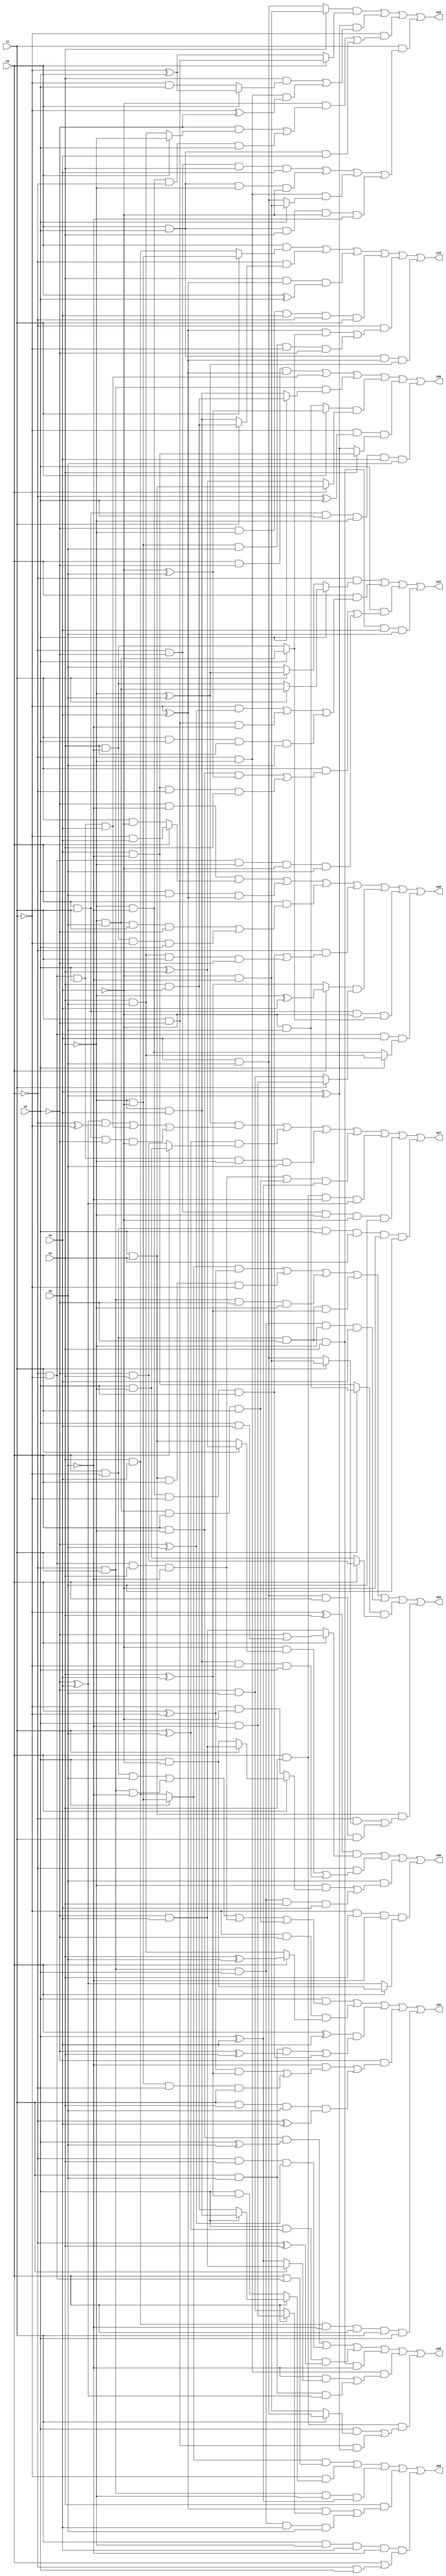
// Benchmark "X_47" written by ABC on Mon Jun 05 03:42:04 2023

module X_47 ( 
    x0, x1, x2, x3, x4, x5,
    z00, z01, z02, z03, z04, z05, z06, z07, z08, z09, z10  );
  input  x0, x1, x2, x3, x4, x5;
  output z00, z01, z02, z03, z04, z05, z06, z07, z08, z09, z10;
  assign z00 = (x0 & ~x2 & (~x1 ^ x4)) | (~x0 & ~x1 & x2 & x4) | (~x0 & x1 & (x2 ? (x3 & ~x4) : (~x3 & x4))) | ((x1 ? (~x4 ^ x5) : (~x4 & x5)) & (x0 ? (x2 & x3) : (x2 ^ x3))) | (~x1 & (~x0 ^ x2) & (x3 ? (x4 & ~x5) : (x4 ^ x5))) | (x0 & x1 & x2 & ~x3 & x4 & x5);
  assign z01 = (~x0 & (x2 ? (x1 ? (~x3 & x5) : (x3 & ~x5)) : (x1 ? (~x3 ^ x5) : x5))) | (x0 & ((~x1 & (~x2 ^ x5)) | (x1 & ~x2 & ~x5) | (x1 & x2 & x3 & x5))) | (x2 & ((x1 & ((x0 & ~x3 & (~x4 ^ x5)) | (x4 & ~x5 & ~x0 & x3))) | (~x0 & ~x1 & ~x3 & ~x4 & x5))) | (x0 & ~x1 & ~x2 & x3 & x4 & x5);
  assign z02 = ((x2 ? (~x3 & ~x4) : (x3 & x4)) & (x0 ^ ~x1)) | (x2 & x3 & x0 & ~x1) | (~x0 & x1 & ~x2 & ~x3) | (x0 & ~x1 & ~x2 & (x3 ^ x4)) | (~x0 & x1 & x2 & ~x3 & x4) | ((x1 ? (~x4 & x5) : (x4 & ~x5)) & (x0 ? (~x2 & x3) : (x2 & ~x3))) | (x2 & x3 & ((~x0 & (x1 ? (~x4 & ~x5) : (x4 & x5))) | (x4 & x5 & x0 & x1)));
  assign z03 = ((x3 ? (~x4 & ~x5) : (x4 & x5)) & (x0 ? (x1 & ~x2) : (~x1 ^ x2))) | ((x4 ^ x5) & ((x3 & (x0 ? (~x1 ^ x2) : (~x1 & x2))) | (~x0 & ~x3 & (~x1 ^ ~x2)))) | (~x1 & ((~x4 & ((~x2 & (x0 ? ~x3 : (x3 & x5))) | (~x3 & ~x5 & ~x0 & x2))) | (x0 & x2 & x4))) | (x1 & ((~x0 & ~x2 & x3 & x4) | (x0 & x2 & ~x3 & ~x4) | (~x0 & ~x3 & (x2 ? (~x4 & ~x5) : (x4 & x5))) | (x0 & x2 & x3 & ~x4 & ~x5)));
  assign z04 = (x2 & ((x0 & ~x1 & x5) | (~x0 & x1 & ~x5) | (~x0 & ~x1 & x3 & ~x5) | (~x3 & x5 & x0 & x1))) | (~x1 & ~x2 & (x0 ? (x3 ^ x5) : (x3 & x5))) | ((x0 ^ x4) & ((x1 & x5 & (~x2 ^ x3)) | (~x3 & ~x5 & ~x1 & x2))) | (~x2 & ((~x5 & (((x0 ^ ~x1) & (x3 ^ x4)) | (~x3 & ~x4 & ~x0 & x1))) | (x1 & x3 & x5 & (~x0 ^ x4)))) | (x3 & x4 & ~x5 & x0 & x1 & x2);
  assign z05 = ((x2 ? (~x3 & ~x4) : (x3 & x4)) & (x0 | (~x0 & ~x1))) | (~x1 & (x0 ? (x2 ? (~x3 & x4) : (x3 & ~x4)) : (x2 & (x3 ^ x4)))) | (~x0 & x1 & ~x3 & (x2 ^ x4)) | (x3 & (((~x1 ^ x4) & (x0 ? (x2 & ~x5) : (~x2 & x5))) | (~x0 & x1 & x2 & x4 & x5))) | (x1 & ~x3 & x4 & ~x5 & (x0 | (~x0 & x2)));
  assign z06 = ((~x1 ^ x3) & (x0 ? (~x2 | (x2 & x4)) : (~x2 & x4))) | (~x0 & ((~x4 & (x1 ? (x2 ^ x3) : (x2 & x3))) | (~x3 & x4 & ~x1 & x2))) | (x5 & ((~x3 & (x0 ? (x1 ? (~x2 & x4) : (x2 & ~x4)) : (~x1 & ~x4))) | (~x0 & x1 & x2 & x3 & x4))) | (~x1 & x3 & ~x5 & (x0 ? (x2 & ~x4) : (~x2 ^ x4)));
  assign z07 = ((~x3 ^ x5) & (((~x2 ^ x4) & (~x0 ^ ~x1)) | (~x0 & ~x1 & x2 & x4) | (x0 & x1 & ~x2 & ~x4))) | ((x1 ^ x5) & (x0 ? (x2 & ~x3) : (~x2 & x3))) | (~x0 & ~x1 & x2 & ~x3 & x5) | (((~x0 & ~x1 & x3 & ~x5) | (~x3 & x5 & x0 & x1)) & (x2 ^ x4)) | (x0 & x3 & ~x5 & (~x2 ^ x4)) | (~x0 & ~x2 & ~x3 & ~x4 & x5) | (x0 & ~x1 & x2 & x3 & ~x4 & x5);
  assign z08 = (~x2 & ~x5 & (x0 ? (~x1 & x4) : (x1 & ~x4))) | (x2 & x5 & (~x1 ^ x4)) | (x0 & ((~x3 & x5 & x1 & ~x2) | (x3 & ~x5 & ~x1 & x2))) | (~x0 & ((~x3 & ~x5 & ~x1 & x2) | (x3 & x5 & x1 & ~x2))) | ((x0 ? (~x3 ^ x4) : (x3 ^ x4)) & (x1 ? (x2 & ~x5) : (~x2 & x5))) | (x0 & x1 & ~x4 & (x2 ? (~x3 & x5) : (x3 & ~x5))) | (~x0 & ~x1 & x4 & (x2 ? (x3 & x5) : (~x3 & ~x5)));
  assign z09 = (x0 & ~x3 & (x2 ^ x5)) | (~x0 & x3 & (~x2 ^ x5)) | (x2 & (x1 ^ x5) & (~x0 ^ x3)) | (x0 & ~x1 & ~x2 & x3 & ~x5) | (~x0 & ~x3 & ((~x5 & (x1 ? (~x2 & x4) : (x2 ^ x4))) | (x1 & x5 & (~x2 ^ x4)))) | (x0 & x3 & ((x2 & (x1 ? (x4 & x5) : (~x4 & ~x5))) | (x1 & ~x2 & (x4 ^ x5))));
  assign z10 = (x0 & (x1 ? (~x3 & ~x4) : (x3 & x4))) | (~x0 & (x1 ? (x3 & ~x4) : (~x3 & x4))) | (x3 & (~x1 ^ x4) & (x0 ^ x2)) | (~x2 & ~x3 & x4 & ~x0 & x1) | (~x0 & (((~x1 ^ x4) & (x2 ? (~x3 & x5) : (x3 & ~x5))) | (~x3 & ~x4 & x5 & ~x1 & ~x2))) | (x0 & x2 & (~x1 ^ x4) & (~x3 ^ x5));
endmodule